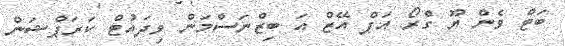
ބަޓް ވެން ޔޫ ގްރޯ އަޕް އޭޒް އަ ބިޒްނަސްމަން ވިދައުޓް ކަރަޕްޝަން